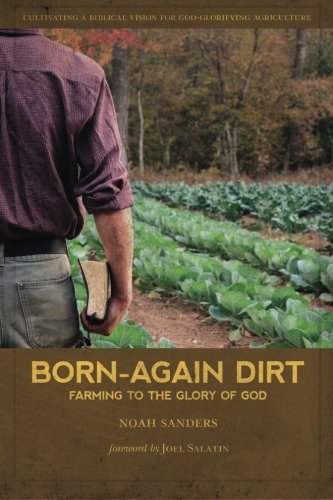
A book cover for Born-Again Dirt: Farming to the Glory of God; Noah Sanders; Crafts, Hobbies & Home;